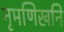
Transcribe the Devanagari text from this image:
नृमणिखनि